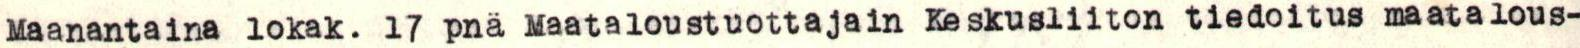
Maanantaina lokak. 17 pnä Maataloustuottajain Keskusliiton tiedoitus maatalous-